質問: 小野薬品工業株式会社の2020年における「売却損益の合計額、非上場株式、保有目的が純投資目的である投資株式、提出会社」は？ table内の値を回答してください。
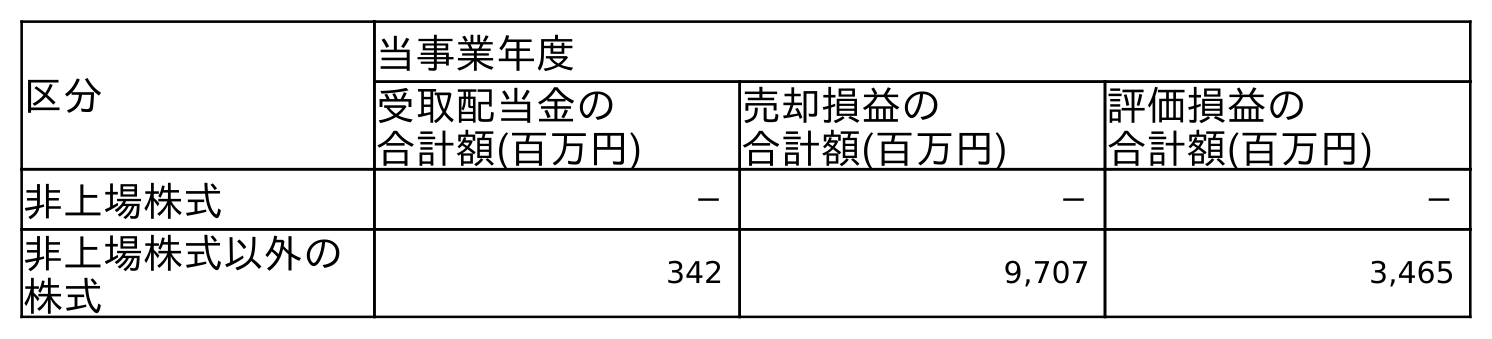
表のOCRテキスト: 区分 当事業年度 受取配当金の 合計額(百万円) 売却損益の 合計額(百万円) 評価損益の 合計額(百万円) 非上場株式 － － － 非上場株式以外の 株式 342 9,707 3,465
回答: －